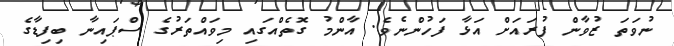
ނުވަތަ ޒުވާން ފުރައަށް އަޅާ ފަހުންނެވެ. އާންމު ގޮތެއްގައި މިވައްތަރުގެ ސްޕައިނާ ބިފިޑާގެ